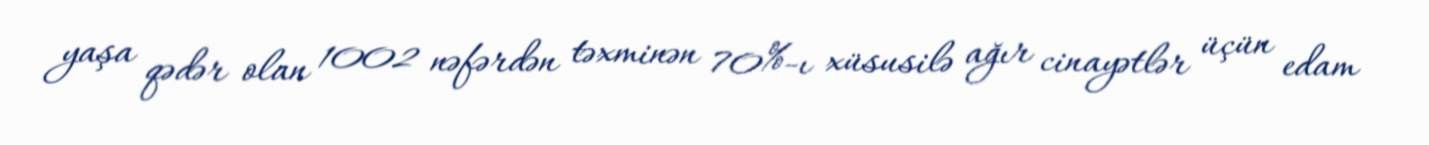
yaşa qədər olan 1002 nəfərdən təxminən 70%-ı xüsusilə ağır cinayətlər üçün edam